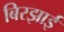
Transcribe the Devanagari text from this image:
बिरझाई